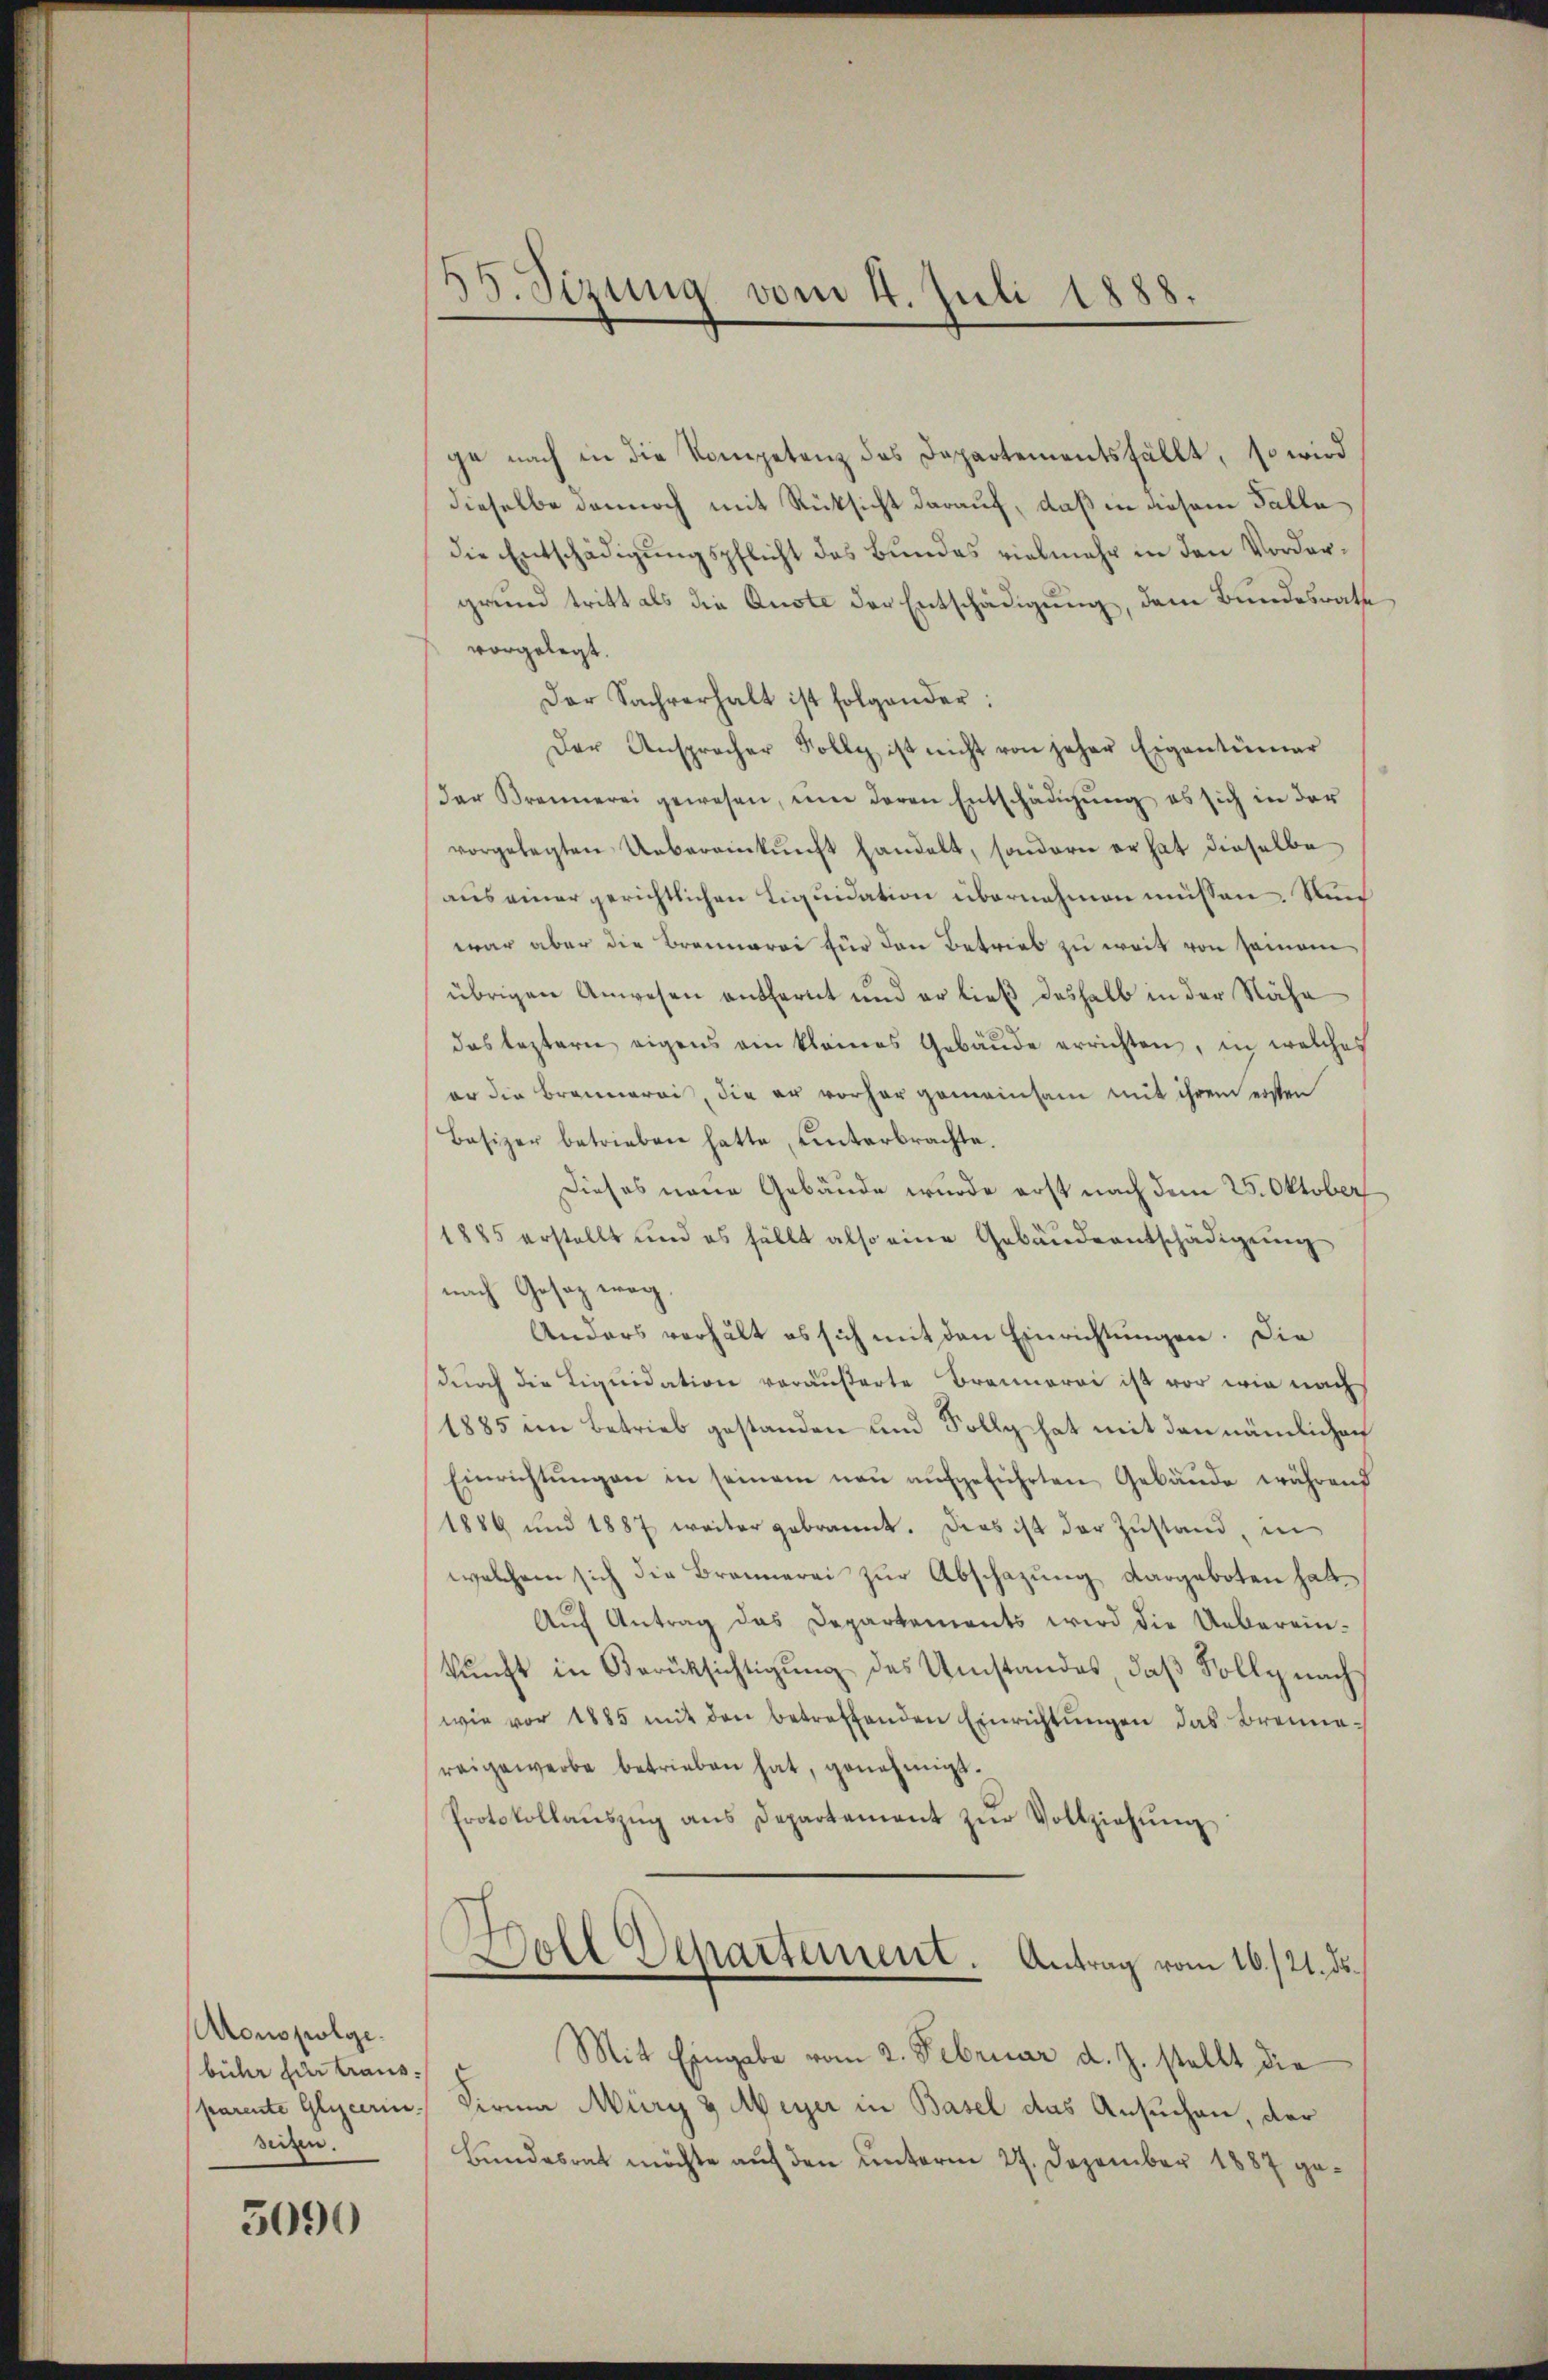
Aousfolge.
bühr für Kraus.
parente Glucerin.
seizen.

5090

ge nach in die Kompetenz des Departementsfällt, so wird
dieselbe dennoch mit Rücksicht darauf, daß in diesem Falle
die Entschädigungspflicht des Bundes vielmehr in den Vordergrund tritt als die Auste der Entschädigung, dem Bundesrath
vorgelegt.
Der Sachverhalt ist folgender:
Der Anspracher Polly ist nicht von jeher Eigentümer
der Brennerei gewesen, ŭm deren Entschädigŭng es sich in der
vorgelegten Uebereinkunft handelt, sondern er hat dieselbe
aus einer gerichtlichen Liquidation übernehmen müssen. Nun
war aber die Brennerei für den Betrieb zu weit von seinem
übrigen Anwesen entfernt und er ließ deshalb in der Nähe
das leztern eigens ein kleines Gebäŭde errichten, in welches
er die Brennerei, die er vorhergemeinsam mit ihrem ersten
Basizer betrieben hatte, unterbrachte.
Dieses neue Gebäude wurde erst nach dem 25. Oktober
1885 erstellt und es fällt also eine Gebäudeentschädigŭng
nach Gesaz weg.
Anders verhält es sich mit den Einrichtungen. Die
durch die Liquidation veräußerte Brennerei ist vor wie nach
1885 im Betrieb gestanden und Sollg hat mit den nämlichen
Einrichtŭngen in seinem neŭ aŭfgeführten Gebäŭde während
1889 und 1887 weiter gebrannt. Dies ist der Zŭstand, in
welchem sich die Brennerei zŭr Abschazung dargeboten hatt
Aŭf Antrag das Departements wird die Ueberein-
kunft in Berücksichtigung des Umstandes, daß Solly nach
wie vor 1885 mit den betreffenden Einrichtŭngen das Brenne-
reigewerbe betrieben hat, genehmigt.
Protokollaŭszŭg ans Departement zŭr Vollziehŭng

38. Sizung vom 4. Juli 1888.

Doll Departement. Antrag vom 16./21. ds.

Mit Eingabe vom 2. Februar d. J. stellt die
Firma Mürg & Meyer in Basel das Ansuchen, der
Bundesrat möchte auf den unterm 27. Dezember 1887 ge¬